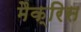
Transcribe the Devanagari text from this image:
मैक्रिस